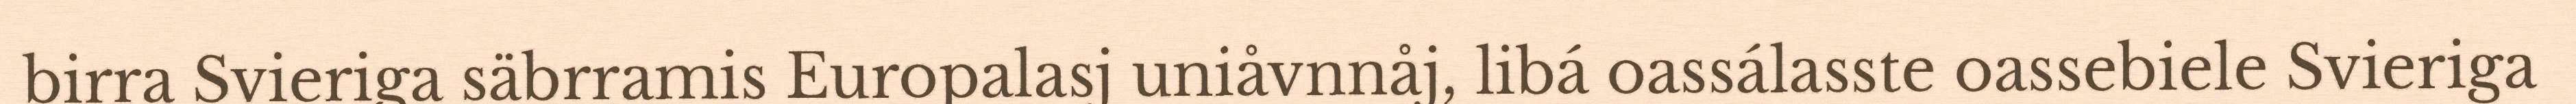
birra Svieriga säbrramis Europalasj uniåvnnåj, libá oassálasste oassebiele Svieriga